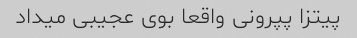
پیتزا پپرونی واقعا بوی عجیبی میداد